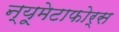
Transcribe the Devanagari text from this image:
न्यूमेटाफोर्स